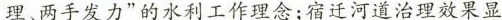
理、两手发力”的水利工作理念；宿迁河道治理效果显